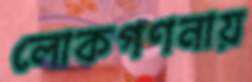
লোকগণনায়